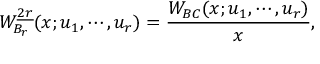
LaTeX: W _ { B _ { r } } ^ { \underline { { { 2 r } } } } ( x ; u _ { 1 } , \cdots , u _ { r } ) = { \frac { W _ { B C } ( x ; u _ { 1 } , \cdots , u _ { r } ) } { x } } ,